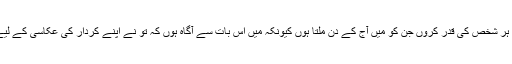
قادرِ مطلق خالق، براہِ کرم میری مدد کر کہ میں ہر شخص کی قدر کروں جن کو میں آج کے دن ملتا ہوں کیونکہ میں اِس بات سے آگاہ ہوں کہ تُو نے اپنے کردار کی عکاسی کے لیے انفرادی طور پر اُن کو اور فطرت کو بنایا ہے۔